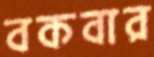
বকবার